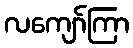
လကျော်ကြာ